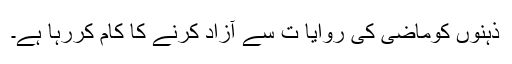
ذہنوں کوماضی کی روایا ت سے آزاد کرنے کا کام کررہا ہے۔